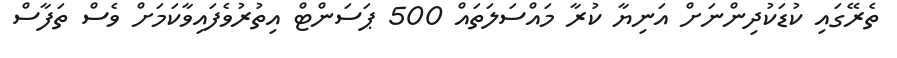
ތެރޭގައި ކުޑަކުދިންނަށް އަނިޔާ ކުރާ މައްސަލަތައް 500 ޕަސަންޓް އިތުރުވެފައިވާކަމަށް ވެސް ތަފާސް